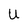
Character: U